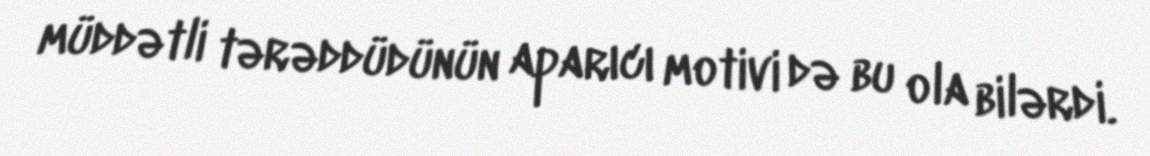
müddətli tərəddüdünün aparıcı motivi də bu ola bilərdi.